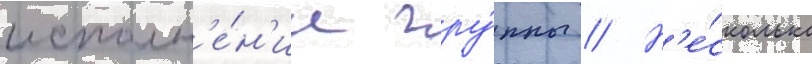
исполн'е́н'ии гру́ппы // Н'е́сколько